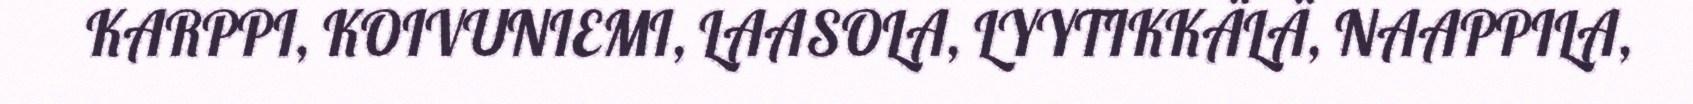
KARPPI, KOIVUNIEMI, LAASOLA, LYYTIKKÄLÄ, NAAPPILA,